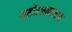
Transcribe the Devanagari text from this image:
यष्टीरक्षकालाच